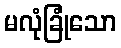
မလုံခြုံသော